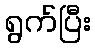
ရွက်ပြီး